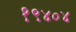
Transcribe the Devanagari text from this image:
१९४०४